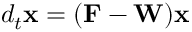
d _ { t } \mathbf { x } = ( \mathbf { F } - \mathbf { W } ) \mathbf { x }